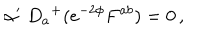
\alpha ^ { \prime } \; D _ { a } { } ^ { + } ( e ^ { - 2 \phi } F ^ { a b } ) = 0 \, ,